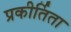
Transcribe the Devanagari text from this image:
प्रकीर्तिता